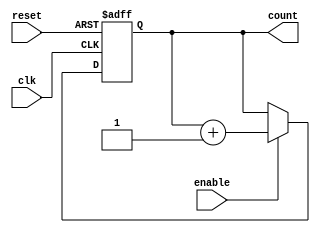
module cascaded_counter (
    input wire clk,          // Clock signal
    input wire reset,        // Asynchronous reset signal
    input wire enable,       // Enable signal for counting
    output reg [3:0] count   // 4-bit output count
);

// Always block triggered on the rising edge of the clock or reset
always @(posedge clk or posedge reset) begin
    if (reset) begin
        // Reset the counter to zero
        count <= 4'b0000;
    end else if (enable) begin
        // Increment the counter on clock edge if enabled
        count <= count + 1'b1;
    end
end

endmodule